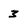
Character: 3